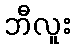
ဘီလူး